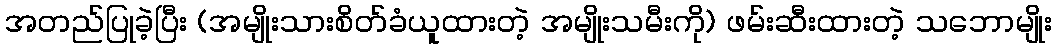
အတည်ပြုခဲ့ပြီး (အမျိုးသားစိတ်ခံယူထားတဲ့ အမျိုးသမီးကို) ဖမ်းဆီးထားတဲ့ သဘောမျိုး